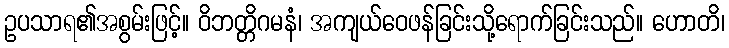
ဥပသာရ၏အစွမ်းဖြင့်။ ဝိဘတ္တိဂမနံ၊ အကျယ်ဝေဖန်ခြင်းသို့ရောက်ခြင်းသည်။ ဟောတိ၊